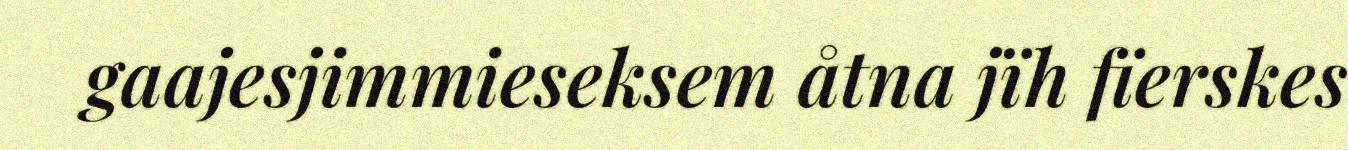
gaajesjimmieseksem åtna jïh fïerskes